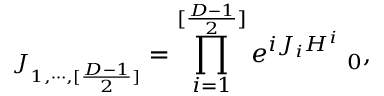
{ \bf \Phi } _ { J _ { 1 , \cdots , [ { \frac { D - 1 } { 2 } } ] } } = \prod _ { i = 1 } ^ { [ { \frac { D - 1 } { 2 } } ] } e ^ { { i J _ { i } H ^ { i } } } { \bf \Phi } _ { 0 } ,